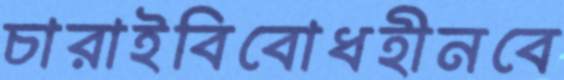
চারাইবিবোধহীনবে